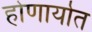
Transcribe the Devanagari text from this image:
होणार्यात